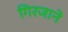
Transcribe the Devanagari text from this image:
गिरजाने